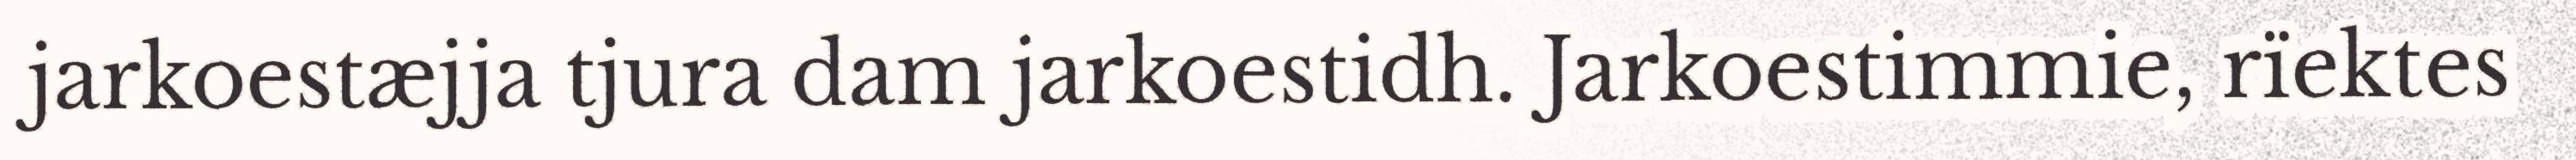
jarkoestæjja tjura dam jarkoestidh. Jarkoestimmie, rïektes